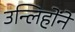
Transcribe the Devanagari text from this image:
उन्लिहोंने